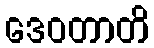
ဒေဝတာတိ